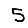
Digit: 5